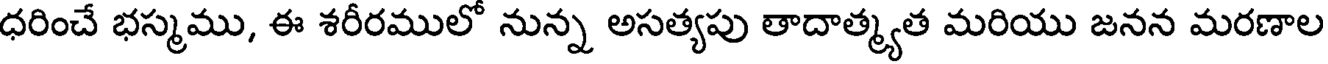
ధరించే భస్మము, ఈ శరీరములో నున్న అసత్యపు తాదాత్మ్యత మరియు జనన మరణాల